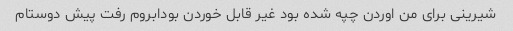
شیرینی برای من اوردن چپه شده بود غیر قابل خوردن بودابروم رفت پیش دوستام